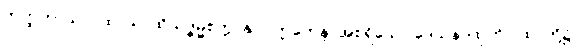
တတ္ထတာသု ဂါထာသု၊ ထိုသဒ္ဓမ္မစက္ကာနုပဝတ္တကေန၊ အစရှိသော ဒေသနာထုတိဂါထာတို့၌။